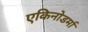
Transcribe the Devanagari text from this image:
एकिनोडर्मा